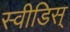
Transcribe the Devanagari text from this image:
स्वीडिस्